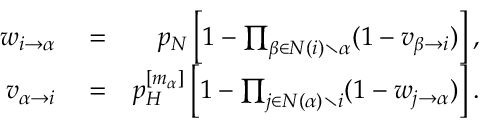
\begin{array} { r l r } { w _ { i \rightarrow \alpha } } & { { } = } & { p _ { N } \left[ 1 - \prod _ { \beta \in N ( i ) \setminus \alpha } ( 1 - v _ { \beta \rightarrow i } ) \right] , } \\ { v _ { \alpha \rightarrow i } } & { { } = } & { p _ { H } ^ { [ m _ { \alpha } ] } \left[ 1 - \prod _ { j \in N ( \alpha ) \setminus i } ( 1 - w _ { j \rightarrow \alpha } ) \right] . } \end{array}